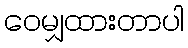
ဝေမျှထားတာပါ